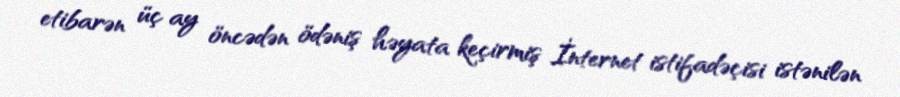
etibarən üç ay öncədən ödəniş həyata keçirmiş İnternet istifadəçisi istənilən